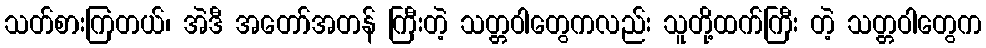
သတ်စားကြတယ်၊ အဲဒီ အတော်အတန် ကြီးတဲ့ သတ္တဝါတွေကလည်း သူတို့ထက်ကြီး တဲ့ သတ္တဝါတွေက